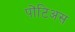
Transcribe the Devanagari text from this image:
पोंटिअस